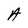
Character: A